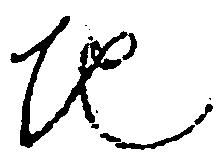
地